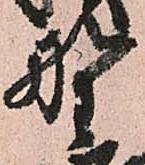
野